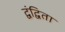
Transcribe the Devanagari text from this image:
द्वंद्विता